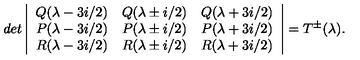
d e t \left| \begin{array} { c c c } { Q ( \lambda - 3 i / 2 ) } & { Q ( \lambda \pm i / 2 ) } & { Q ( \lambda + 3 i / 2 ) } \\ { P ( \lambda - 3 i / 2 ) } & { P ( \lambda \pm i / 2 ) } & { P ( \lambda + 3 i / 2 ) } \\ { R ( \lambda - 3 i / 2 ) } & { R ( \lambda \pm i / 2 ) } & { R ( \lambda + 3 i / 2 ) } \\ \end{array} \right| = T ^ { \pm } ( \lambda ) .